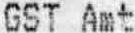
GST AMT